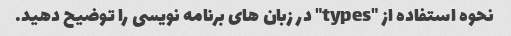
نحوه استفاده از "types" در زبان های برنامه نویسی را توضیح دهید.